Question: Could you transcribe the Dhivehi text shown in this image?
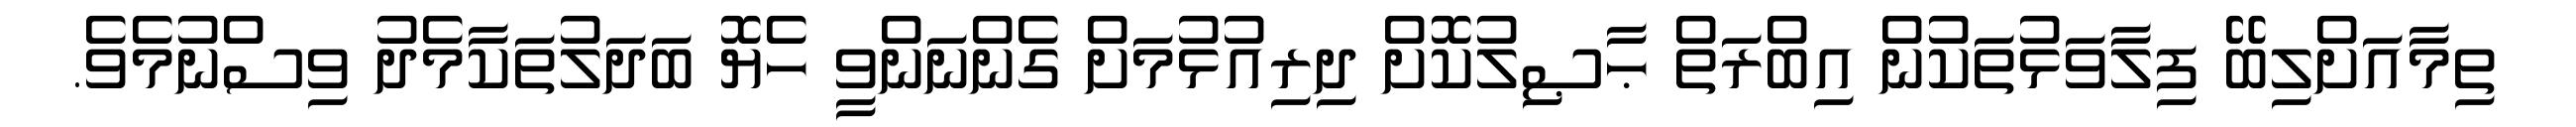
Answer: ތިމާއަށްލިބޭ ފިލާވަޅުތަކުން އިބްރަތް ޙާޞިލުކޮށް ދިރިއުޅުމަށް ގެންނަންވީ ހެޔޮ ބަދަލުތަކާމެދު ވިސްނުމެވެ.